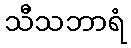
သီသဘာရံ